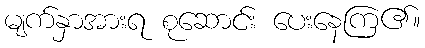
မျက်နှာအားရ စုဆောင်း ပေးနေကြ၏။